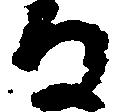
る